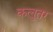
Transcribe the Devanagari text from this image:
कलुतर